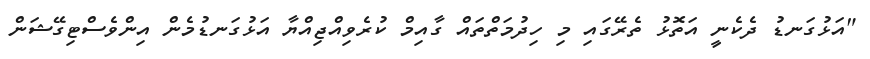
"އަޅުގަނޑު ދެކެނީ އަތޮޅު ތެރޭގައި މި ހިދުމަތްތައް ގާއިމް ކުރެވިއްޖިއްޔާ އަޅުގަނޑުމެން އިންވެސްޓިގޭޝަން